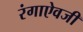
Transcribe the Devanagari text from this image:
रंगाऐवजी